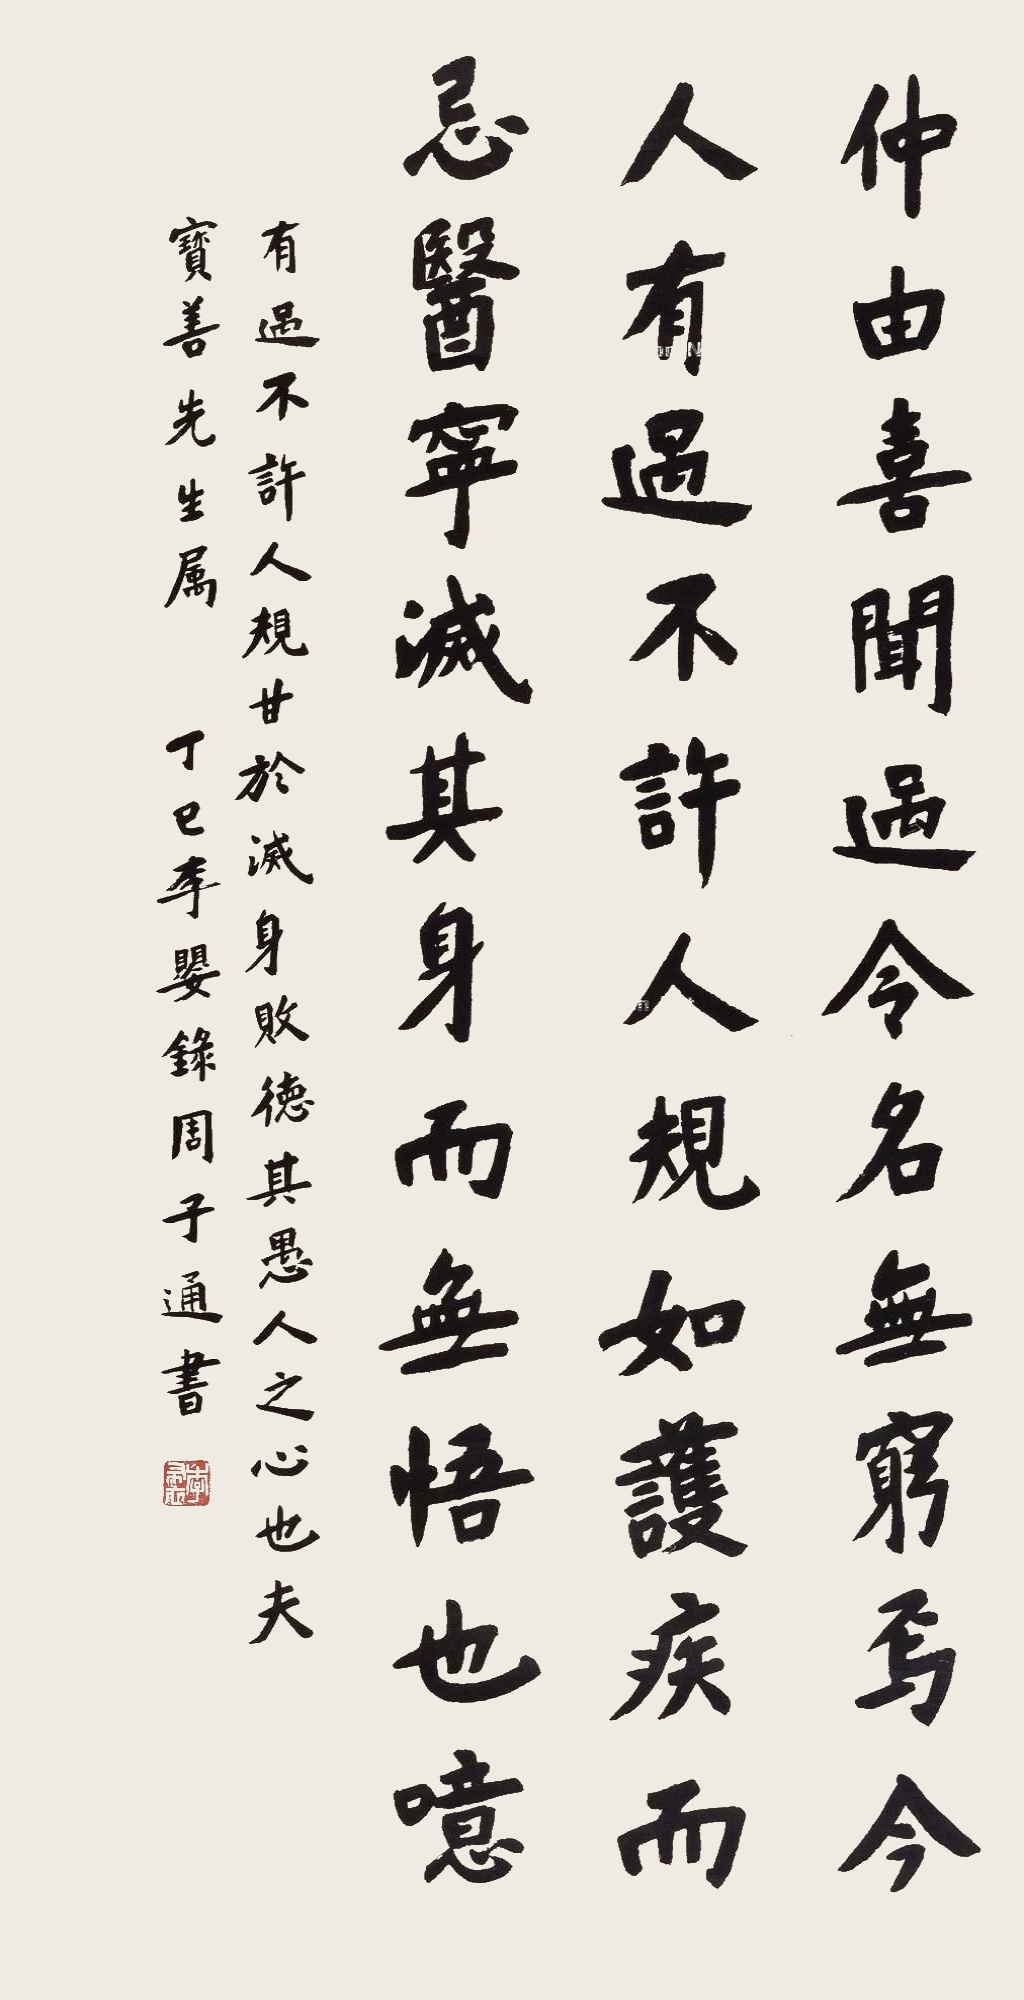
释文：仲由喜闻过，令名无穷焉。今人有过，不许人规，如■疾而忌医，宁灭其身而无悟也噫！有过不许人规，甘于灭身败德，其愚人之心也夫。宝善先生属，丁巳，李婴录周子通书。